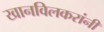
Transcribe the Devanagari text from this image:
खानविलकरांनी